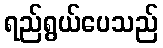
ရည်ရွယ်ပေသည်